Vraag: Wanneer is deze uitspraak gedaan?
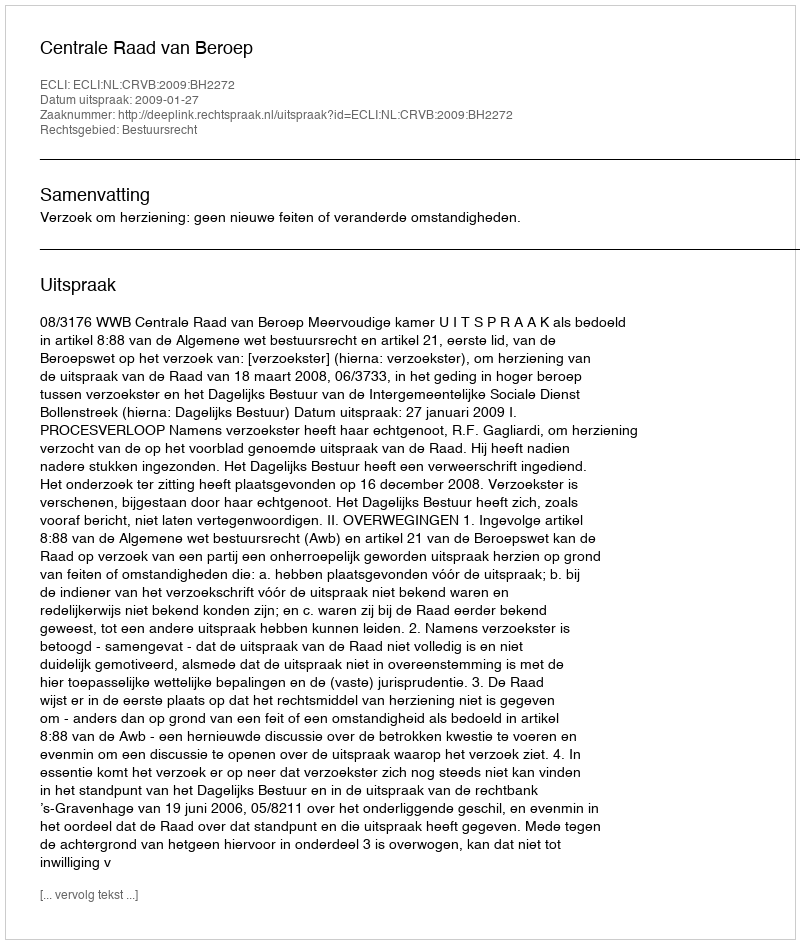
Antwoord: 2009-01-27